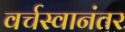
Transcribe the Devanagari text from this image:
वर्चस्वानंतर